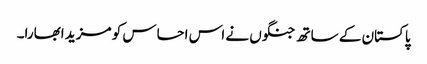
پاکستان کے ساتھ جنگوں نے اس احساس کو مزید ابھارا۔